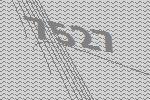
7527